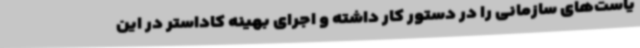
یاست‌های سازمانی را در دستور کار داشته و اجرای بهینه کاداستر در این